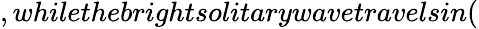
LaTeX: ,whilethebrightsolitarywavetravelsin(